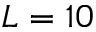
L = 1 0